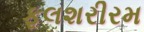
ફલશરીરમ